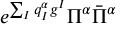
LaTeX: e ^ { \sum _ { I } q _ { I } ^ { \alpha } g ^ { I } } \Pi ^ { \alpha } \bar { \Pi } ^ { \alpha }